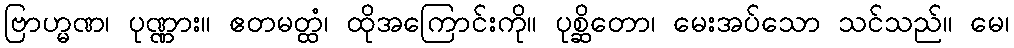
ဗြာဟ္မဏ၊ ပုဏ္ဏား။ ဧတမတ္ထံ၊ ထိုအကြောင်းကို။ ပုစ္ဆိတော၊ မေးအပ်သော သင်သည်။ မေ၊